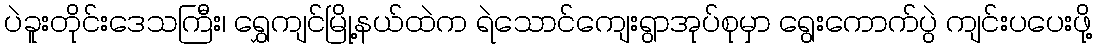
ပဲခူးတိုင်းဒေသကြီး၊ ရွှေကျင်မြို့နယ်ထဲက ရဲသောင်ကျေးရွာအုပ်စုမှာ ရွေးကောက်ပွဲ ကျင်းပပေးဖို့